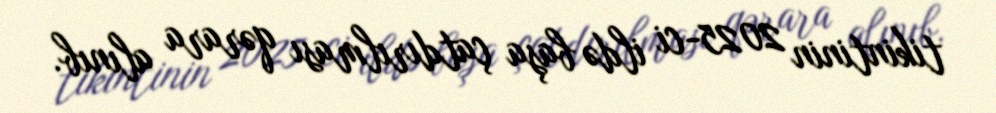
tikintinin 2025-ci ildə başa çatdırılması qərara alınıb.